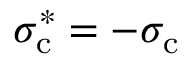
\sigma _ { \mathrm { c } } ^ { * } = - \sigma _ { \mathrm { c } }